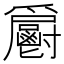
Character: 𩰨